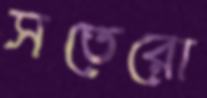
সতেরো